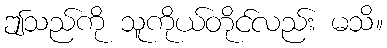
ဤသည်ကို သူကိုယ်တိုင်လည်း မသိ။